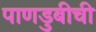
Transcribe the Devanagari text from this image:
पाणडुबीची